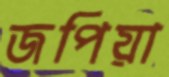
জপিয়া